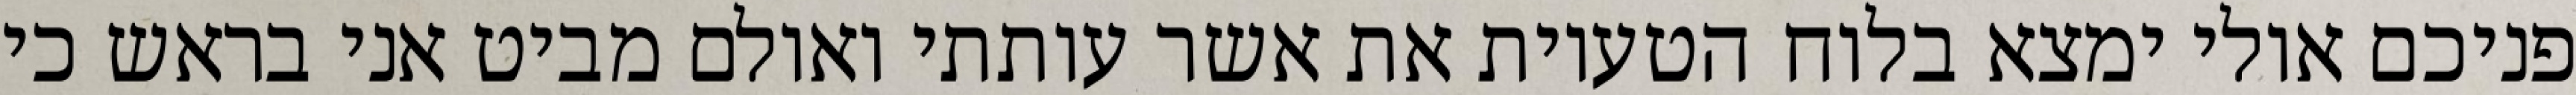
פניכם אולי ימצא בלוח הטעיות את אשר עותתי ואולם מביט אני בראש כי